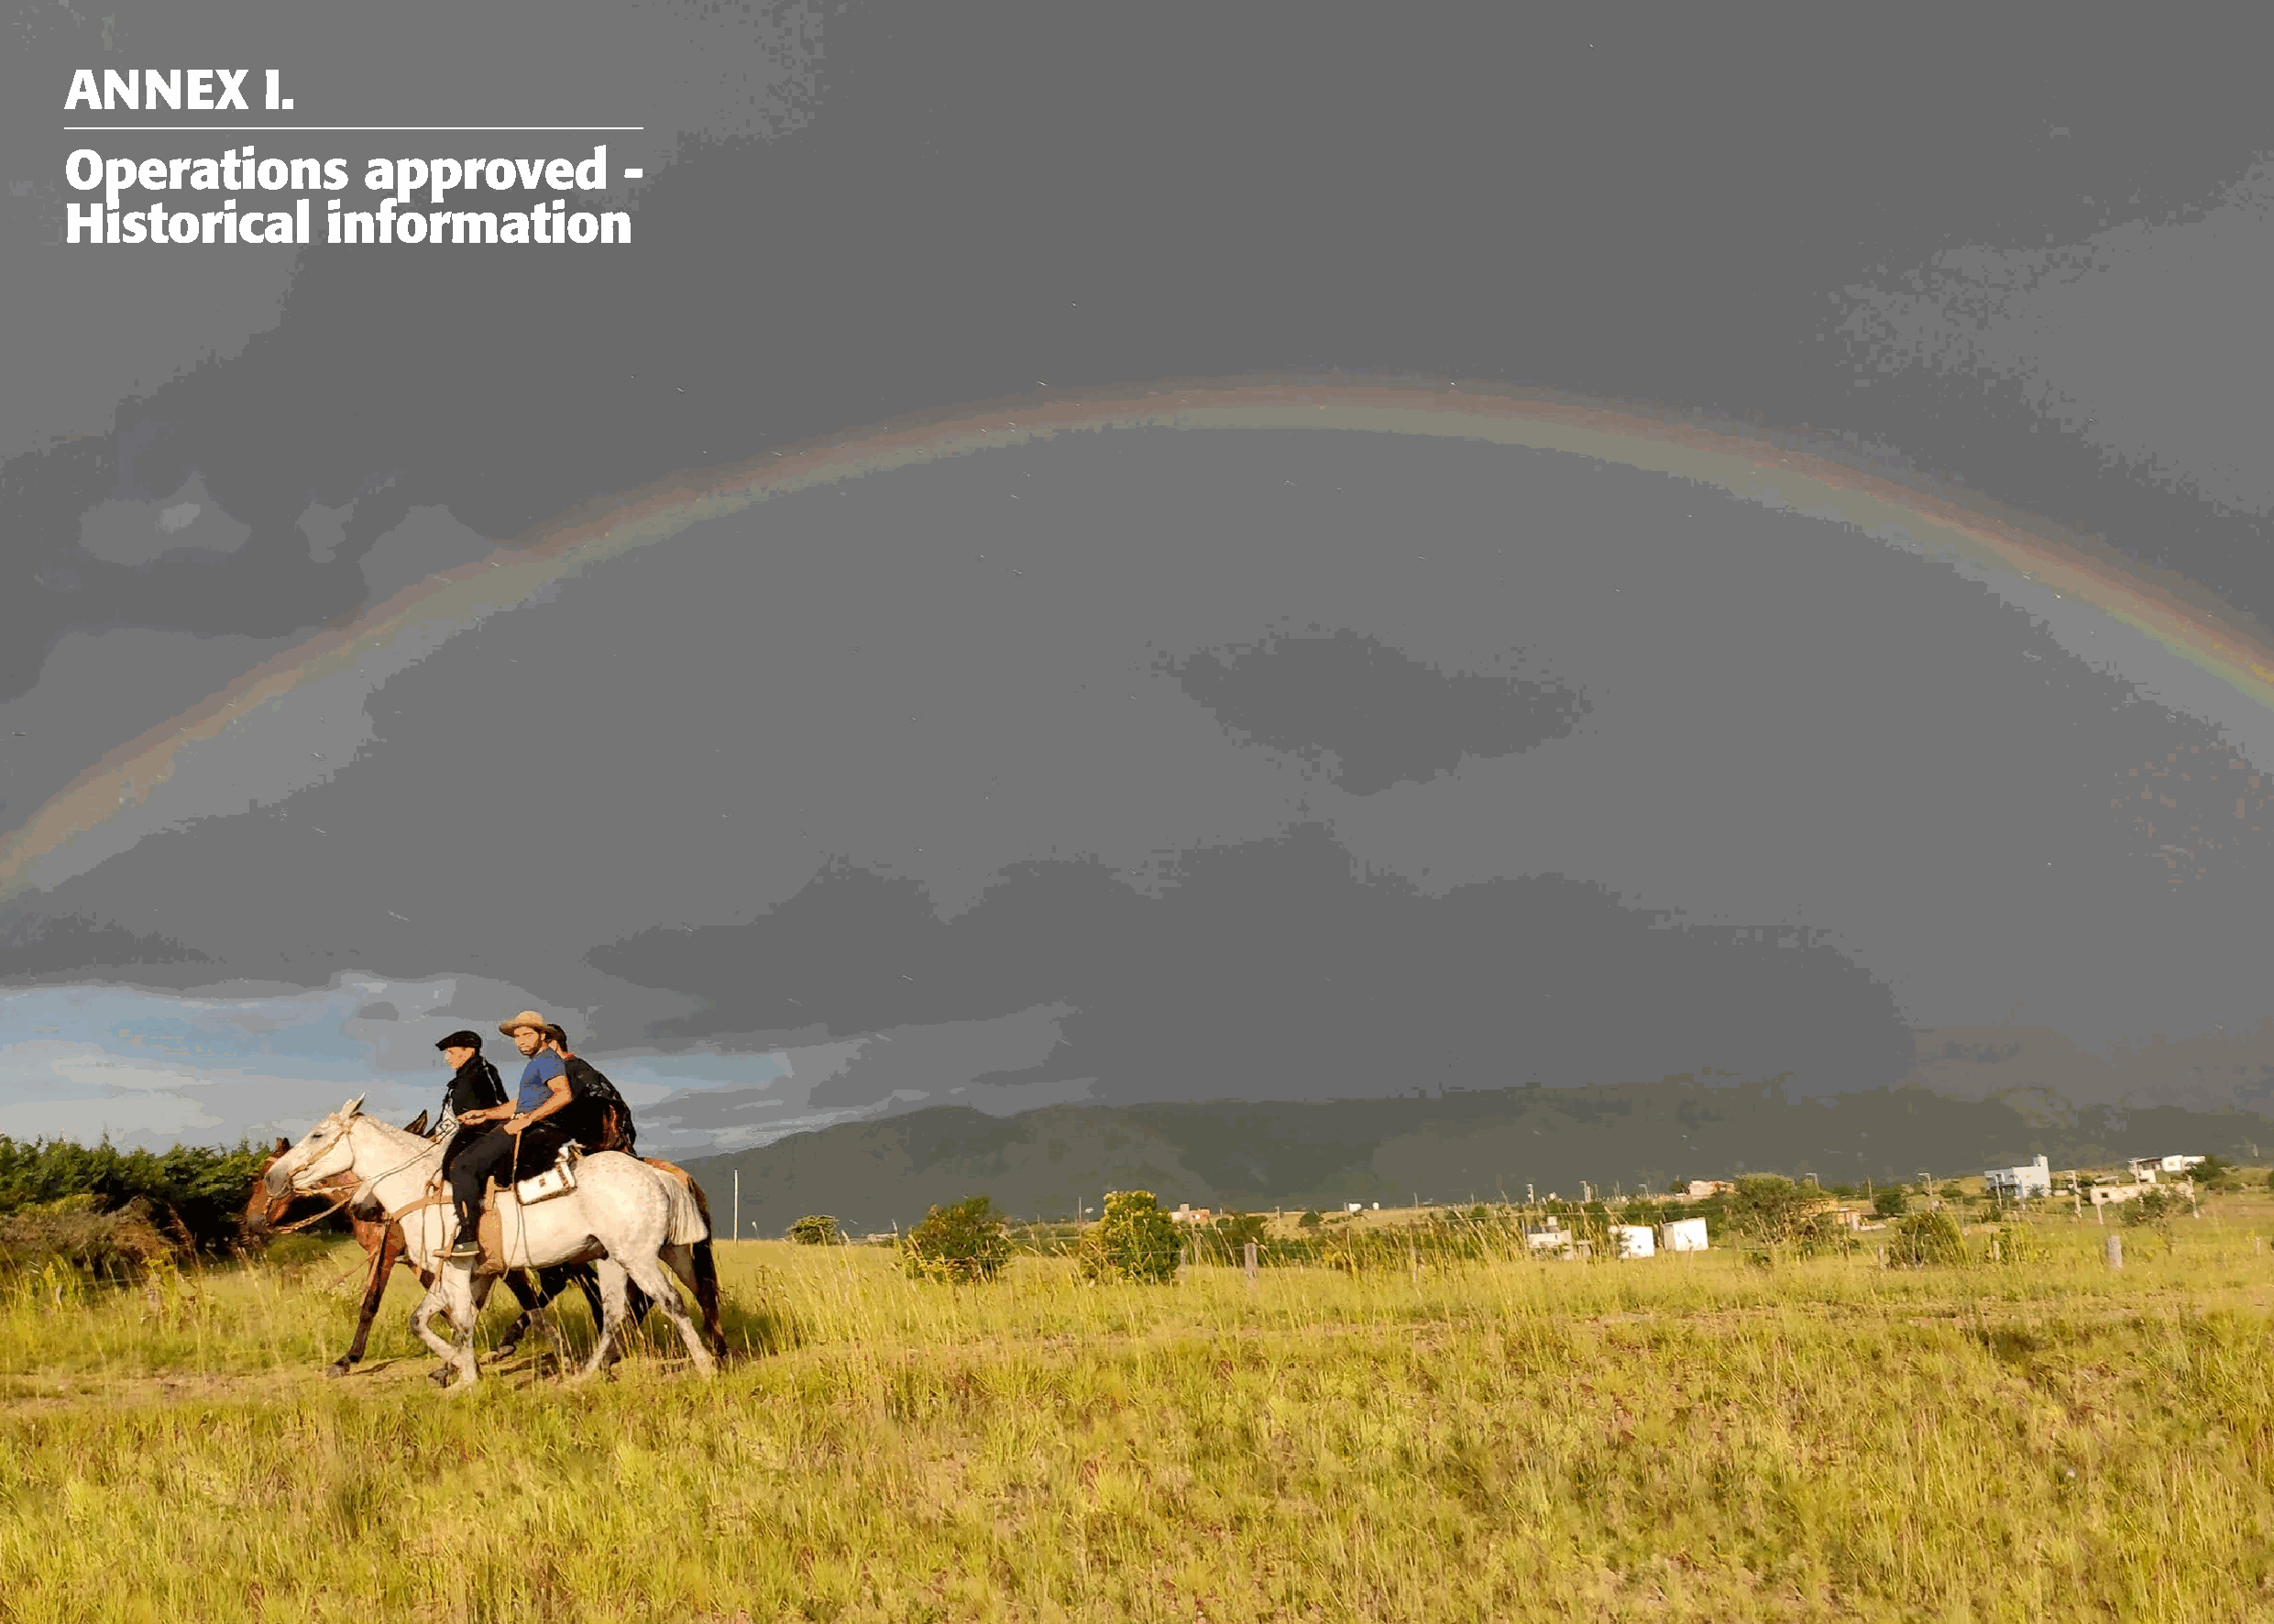
ANNEX         I.
 Operations           approved           -
 Historical         information
 58                                                                                                                                                             59